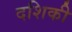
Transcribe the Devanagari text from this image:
दशिकी